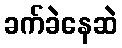
ခက်ခဲနေဆဲ